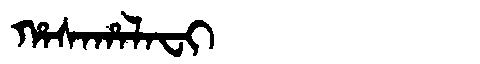
Manchu: ᡥᠠᠰᠠᡥᠠᠯᠠᠸᡳ
Romanization: HASAHALAFI